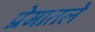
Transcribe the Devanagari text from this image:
प्रेमातले